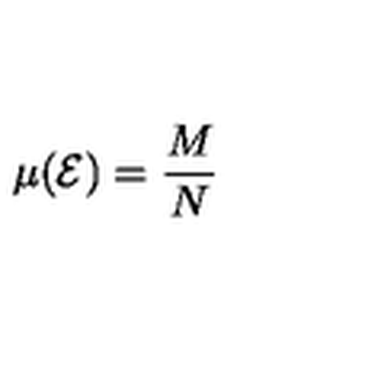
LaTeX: \mu ( { \cal E } ) = { \frac { M } { N } }